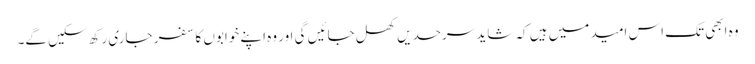
وہ ابھی تک اس امید میں ہیں کہ شاید سرحدیں کھل جائیں گی اور وہ اپنے خوابوں کا سفر جاری رکھ سکیں گے۔